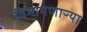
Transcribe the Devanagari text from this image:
विभागणाऱ्या